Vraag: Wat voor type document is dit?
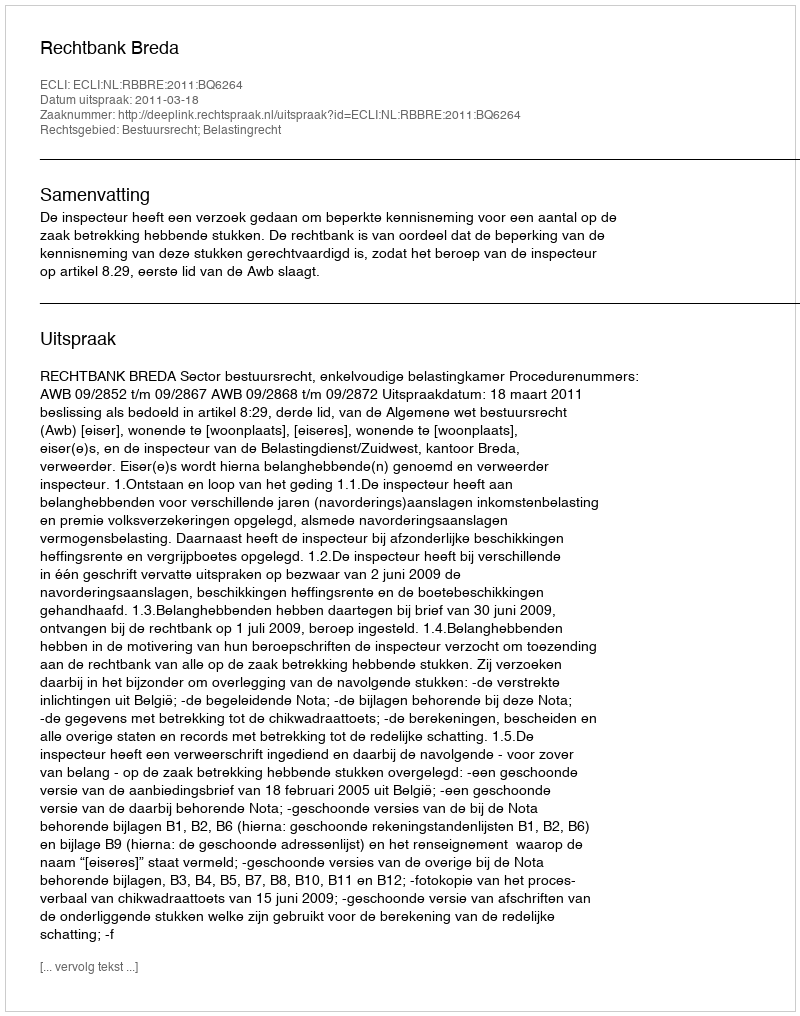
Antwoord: Uitspraak